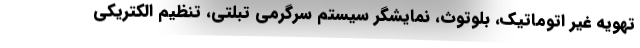
تهویه غیر اتوماتیک، بلوتوث، نمایشگر سیستم سرگرمی تبلتی، تنظیم الکتریکی